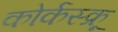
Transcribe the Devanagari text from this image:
कोर्कस्क्रू